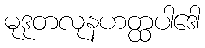
မုဒုတလုနဟတ္ထပါဒေါ